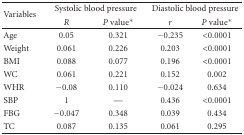
| <ROWSPAN=2> Variables | <COLSPAN=2> Systolic blood pressure | <COLSPAN=2> Diastolic blood pressure |
 | R | P value* | r | P value* |
 | --- | --- | --- | --- | --- |
 | Age | 0.05 | 0.321 | −0.235 | <0.0001 |
 | Weight | 0.061 | 0.226 | 0.203 | <0.0001 |
 | BMI | 0.088 | 0.077 | 0.196 | <0.0001 |
 | WC | 0.061 | 0.221 | 0.152 | 0.002 |
 | WHR | −0.08 | 0.110 | −0.024 | 0.634 |
 | SBP | 1 | — | 0.436 | <0.0001 |
 | FBG | −0.047 | 0.348 | 0.039 | 0.434 |
 | TC | 0.087 | 0.135 | 0.061 | 0.295 |